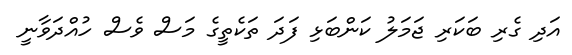
އަދި ގެރި ބަކަރި ޖަމަލު ކަންބަޅި ފަދަ ތަކެތީގެ މަސް ވެސް ހުއްދަވާނީ